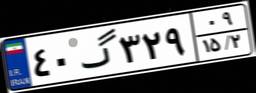
۴۰گ۳۲۹۰۹